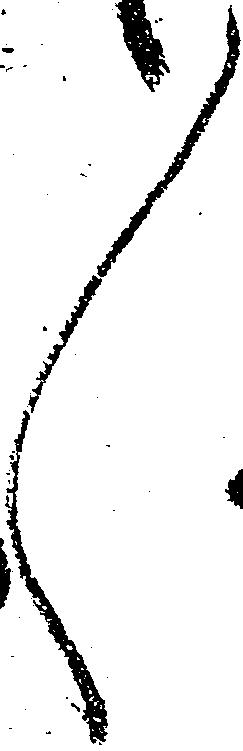
々